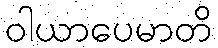
ဝါယာပေမာတိ